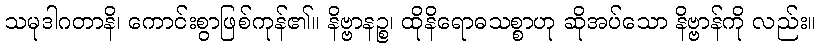
သမုဒါဂတာနိ၊ ကောင်းစွာဖြစ်ကုန်၏။ နိဗ္ဗာနဉ္စ၊ ထိုနိရောဓသစ္စာဟု ဆိုအပ်သော နိဗ္ဗာန်ကို လည်း။